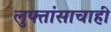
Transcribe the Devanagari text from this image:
लुफ्तांसाचाही